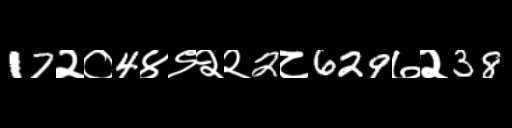
Text: 17२०4४९२२2८629७२38